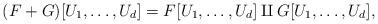
LaTeX: \begin{align*}(F+G)[U_1,\dots,U_d] = F[U_1,\dots,U_d] \amalg G[U_1,\dots,U_d],\end{align*}